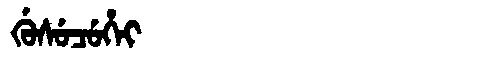
Manchu: ᡤᡠᠰᡠᠴᡠᡥᡝᡳ
Romanization: GUSUCUHEI